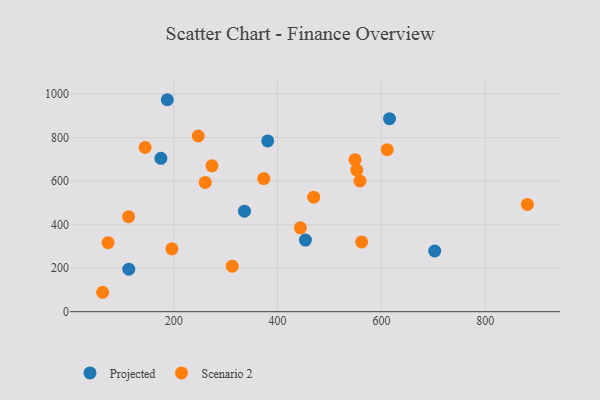
{"axis": {"x": "Investment", "y": "Salary"}, "legend": ["Projected", "Scenario 2"], "data": [{"x": "336.3", "y": 461.9, "type": "Projected"}, {"x": "175.3", "y": 705.1, "type": "Projected"}, {"x": "453.7", "y": 329.1, "type": "Projected"}, {"x": "702.7", "y": 279.1, "type": "Projected"}, {"x": "187.6", "y": 974.3, "type": "Projected"}, {"x": "381.1", "y": 784.8, "type": "Projected"}, {"x": "615.7", "y": 887.4, "type": "Projected"}, {"x": "113.5", "y": 195.7, "type": "Projected"}, {"x": "558.8", "y": 600.7, "type": "Scenario 2"}, {"x": "144.9", "y": 754.7, "type": "Scenario 2"}, {"x": "113.1", "y": 436.6, "type": "Scenario 2"}, {"x": "260.7", "y": 594.0, "type": "Scenario 2"}, {"x": "562.1", "y": 320.5, "type": "Scenario 2"}, {"x": "444.0", "y": 385.5, "type": "Scenario 2"}, {"x": "73.6", "y": 317.3, "type": "Scenario 2"}, {"x": "273.7", "y": 670.7, "type": "Scenario 2"}, {"x": "312.7", "y": 209.2, "type": "Scenario 2"}, {"x": "373.5", "y": 612.0, "type": "Scenario 2"}, {"x": "552.6", "y": 651.1, "type": "Scenario 2"}, {"x": "611.3", "y": 744.9, "type": "Scenario 2"}, {"x": "247.3", "y": 807.5, "type": "Scenario 2"}, {"x": "196.5", "y": 289.0, "type": "Scenario 2"}, {"x": "63.1", "y": 89.3, "type": "Scenario 2"}, {"x": "469.7", "y": 526.4, "type": "Scenario 2"}, {"x": "549.2", "y": 698.6, "type": "Scenario 2"}, {"x": "881.2", "y": 493.3, "type": "Scenario 2"}]}